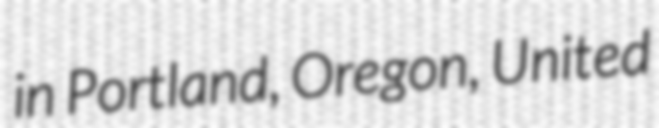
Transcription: in Portland, Oregon, United